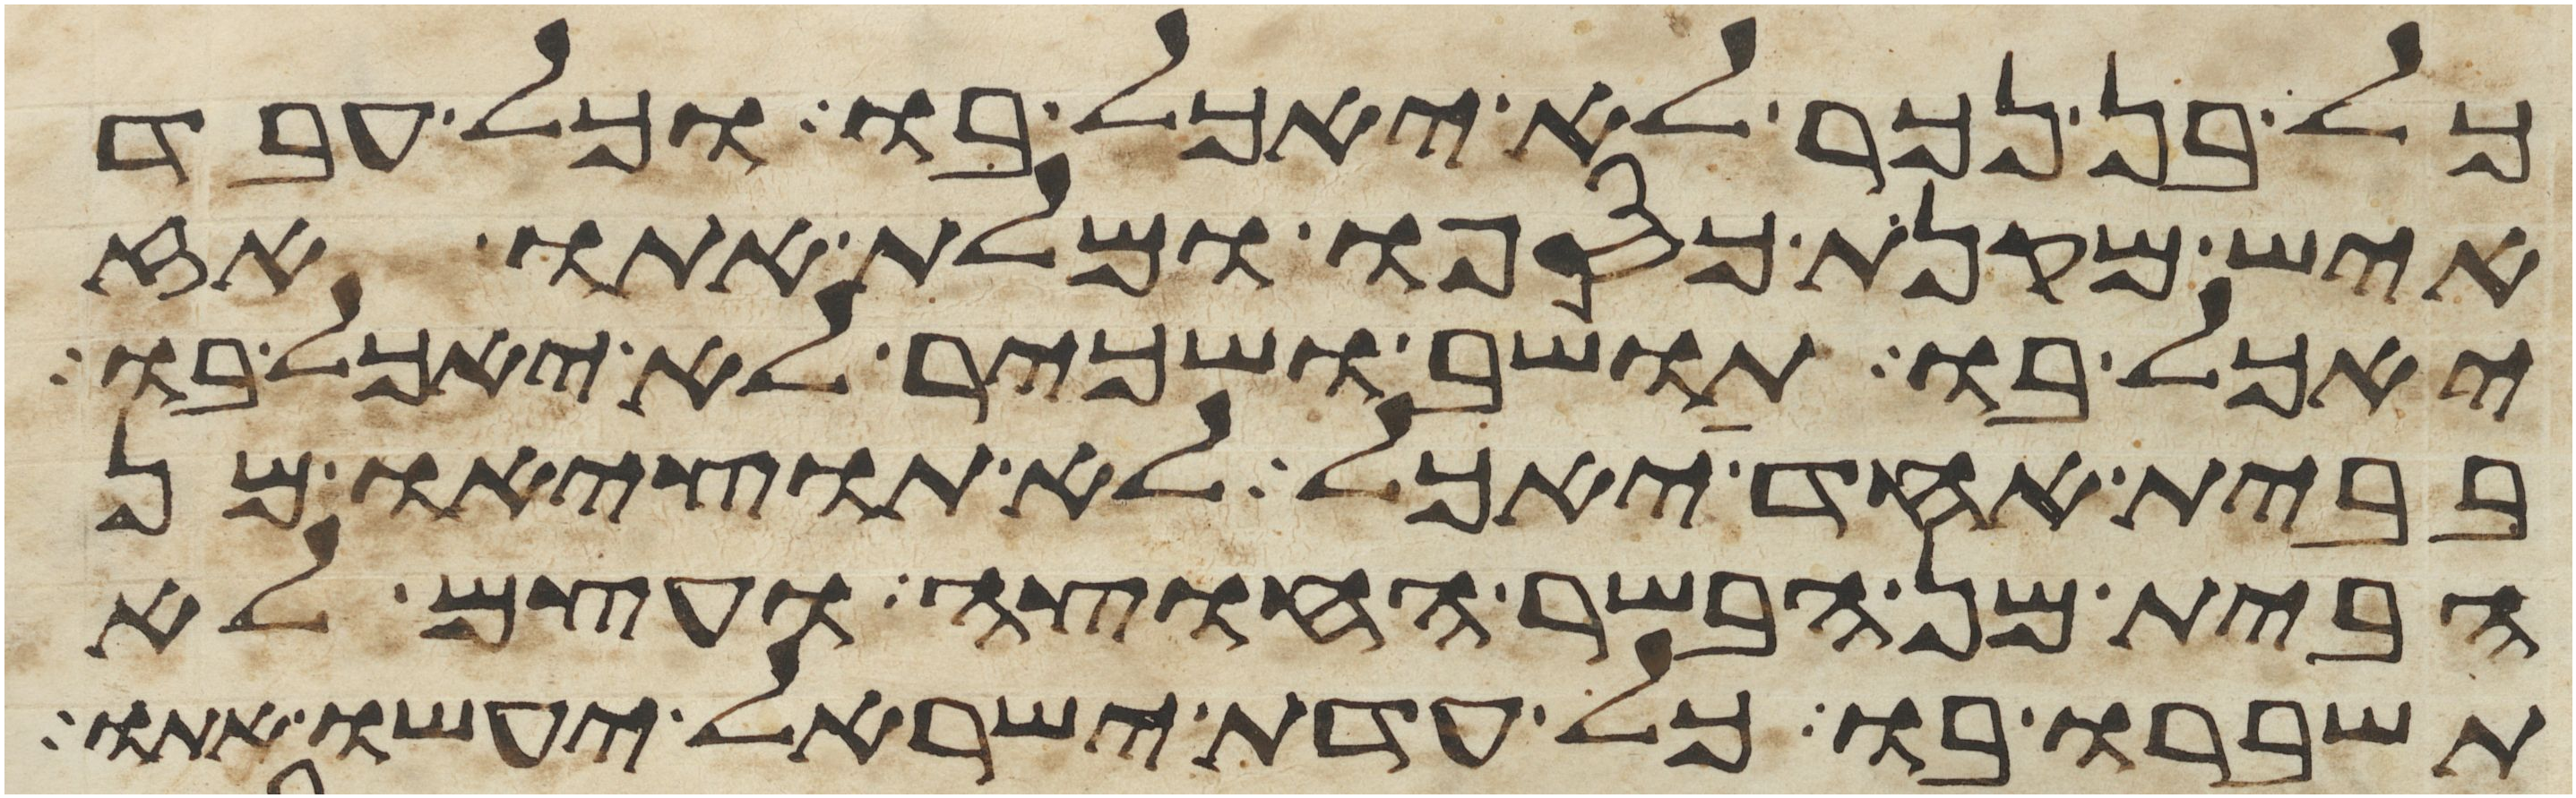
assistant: כל בן נכר לא יאכל בו וכל עבד
איש מקנת כספו ומלת אתו אז
יאכל בו תושב ושכיר לא יאכל בו
בבית אחד יאכל לא תוציאו מן
הבית מן הבשר החוצה ועצם לא
תשברו בו כל עדת ישראל יעשו אתו